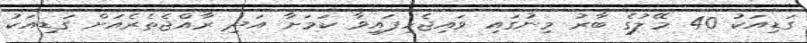
ގަޑިއަކު 40 މޭލުގެ ބާރު މިނުގައި ވައިޖެހިފައިވާ ކަމަށާ އަދި ރާއްޖެތެރެއަށް ގަޑިއަކު